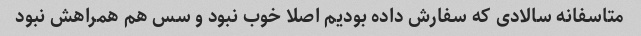
متاسفانه سالادی که سفارش داده بودیم اصلا خوب نبود و سس هم همراهش نبود